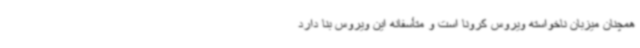
همچنان میزبان ناخواسته ویروس کرونا است و متأسفانه این ویروس بنا دارد